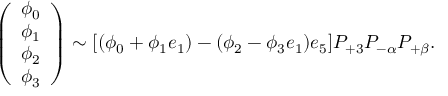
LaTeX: \left( \begin{array} { l } { { \phi _ { 0 } } } \\ { { \phi _ { 1 } } } \\ { { \phi _ { 2 } } } \\ { { \phi _ { 3 } } } \end{array} \right) \sim [ ( \phi _ { 0 } + \phi _ { 1 } e _ { 1 } ) - ( \phi _ { 2 } - \phi _ { 3 } e _ { 1 } ) e _ { 5 } ] P _ { + 3 } P _ { - \alpha } P _ { + \beta } .